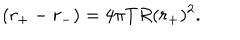
( r _ { + } - r _ { - } ) = 4 \pi T R ( r _ { + } ) ^ { 2 } .